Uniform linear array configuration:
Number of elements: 64
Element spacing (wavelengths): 1
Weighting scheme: hamming
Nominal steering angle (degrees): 0
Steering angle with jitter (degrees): -0.2487
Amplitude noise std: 0.05
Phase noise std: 0.05

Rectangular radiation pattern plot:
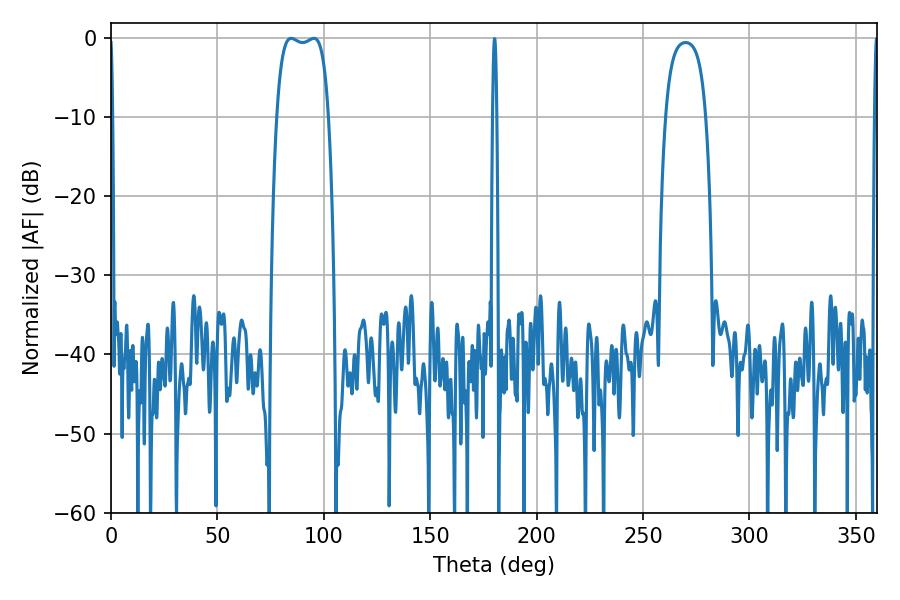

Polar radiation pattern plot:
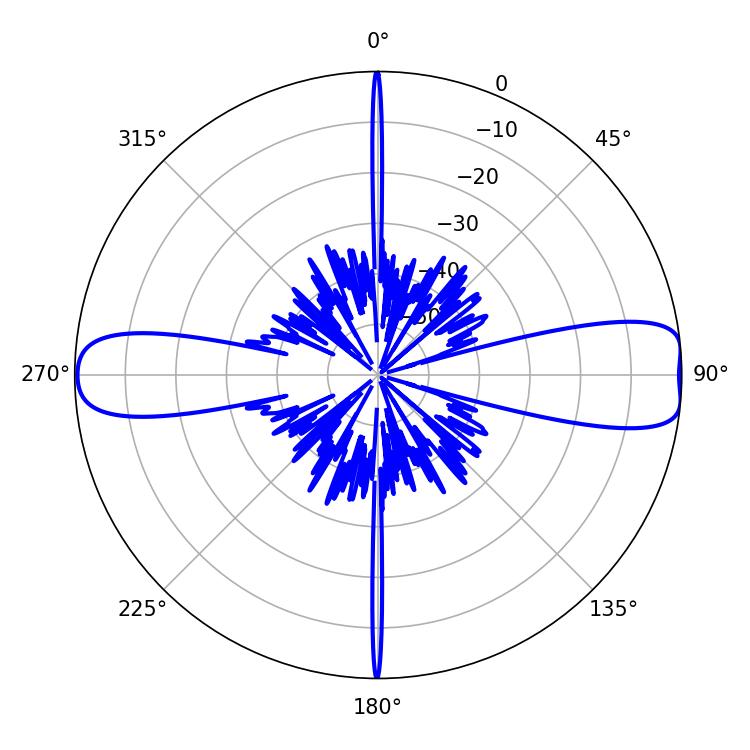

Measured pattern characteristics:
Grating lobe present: TRUE
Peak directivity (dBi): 11.917
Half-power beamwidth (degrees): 19.44
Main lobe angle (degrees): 84.6